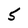
Character: 5